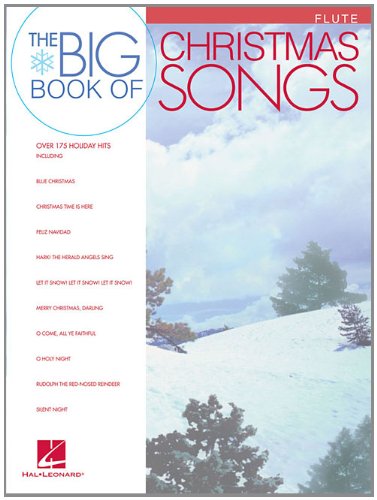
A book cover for Big Book of Christmas Songs for Flute; Christian Books & Bibles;